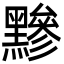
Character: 黲